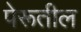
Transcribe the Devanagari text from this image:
पेरूतील